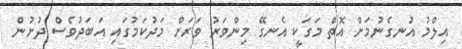
އިލްމު އުނގެނުމަށް އޮތް މަގަކީ އެނގޭ މިންވަރު ވަރަށް މަދުކަމުގައި އަބަދުވެސް ދުށުން